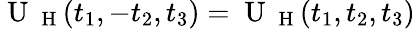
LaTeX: \mathrm{~U~}_{\mathrm{~H~}}(t_{1},-t_{2},t_{3})=\mathrm{~U~}_{\mathrm{~H~}}(t_{1},t_{2},t_{3})